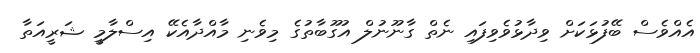
އެއްވެސް ބޭފުޅަކަށް ވިދާޅުވެވިފައި ނެތް ގާނޫނުލް އުގޫބާތުގެ މިވެނި މާއްދާއެކޭ އިސްލާމީ ޝަރީއަތާ